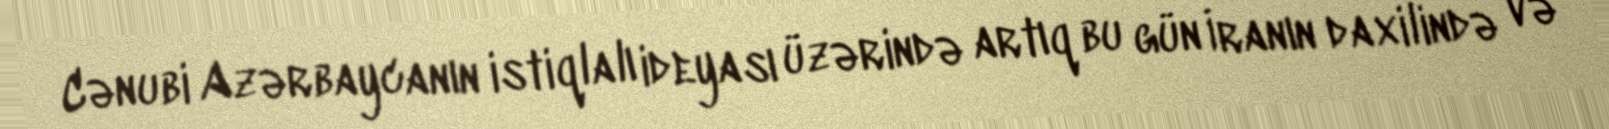
Cənubi Azərbaycanın istiqlalı ideyası üzərində artıq bu gün İranın daxilində və